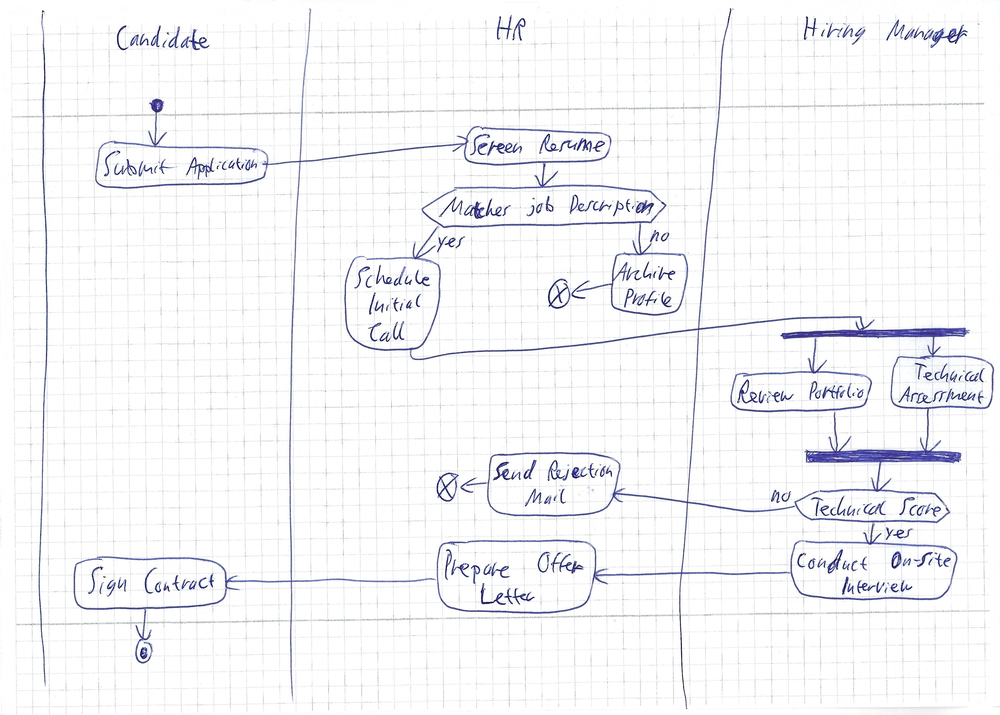
Diagram type: activity_diagram
```plantuml
@startuml

|Candidate|
start
:Submit Application;
|HR|
:Screen Resume;
if (Matches Job Description?) then (yes)
  :Schedule Initial Call;
  |Hiring Manager|
  fork
    :Review Portfolio;
  fork again
    :Technical Assessment;
  end fork
  if (Technical Score > 70%?) then (yes)
    :Conduct On-Site Interview;
    |HR|
    :Prepare Offer Letter;
    |Candidate|
    :Sign Contract;
    stop
  else (no)
    |HR|
    :Send Rejection Mail;
    end
  endif
else (no)
  :Archive Profile;
  end
endif

@enduml
```